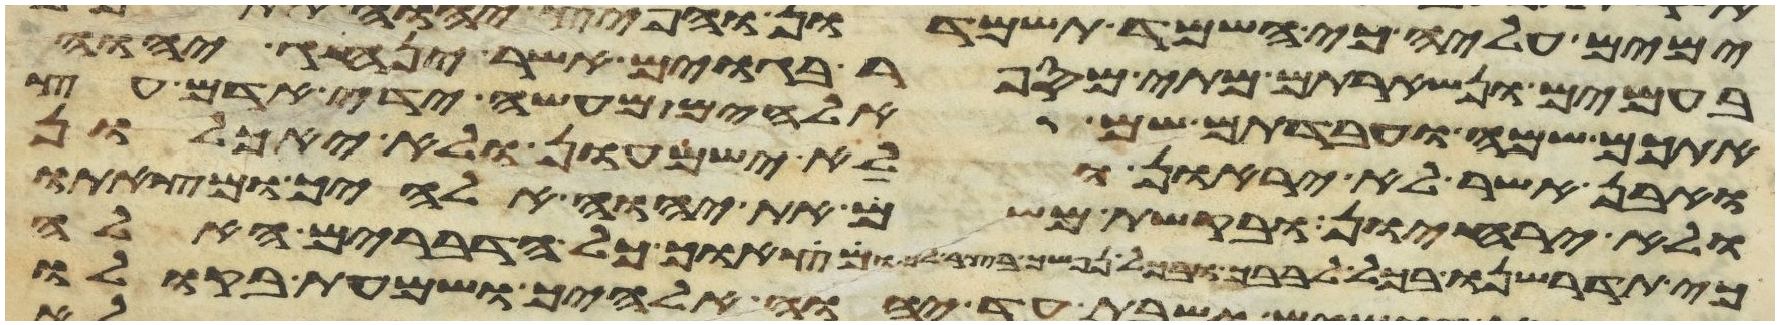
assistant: בעמים ונשארתם מתי מספר בגוים אשר ינהג יהוה
אתכם שמה ועבדתם שם אלהים מעשה ידי אדם עץ
ואבן אשר לא יראון ולא ישמעון ולא יאכלון
ולא יריחון ובקשת משם את יהוה אלהיך ומצאתו
כי תדרשנו בכל לבבך ובכל נפשך בצר לך ומצאוך כל הדברים האלה